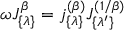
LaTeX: \omega J _ { \{ \lambda \} } ^ { \beta } = j _ { \{ \lambda \} } ^ { ( \beta ) } J _ { \{ \lambda ^ { \prime } \} } ^ { ( 1 / \beta ) }